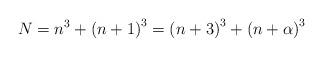
LaTeX: \begin{align*}N=n^{3}+\left(n+1\right)^{3}=\left(n+3\right)^{3}+\left(n+\alpha\right)^{3}\end{align*}